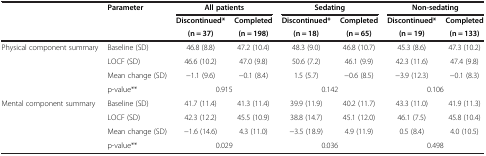
<table><thead><tr><td rowspan="3"><b> </b></td><td rowspan="3"><b>Parameter</b></td><td colspan="2"><b>All patients</b></td><td colspan="2"><b>Sedating</b></td><td colspan="2"><b>Non-sedating</b></td></tr><tr><td><b>Discontinued*</b></td><td><b>Completed</b></td><td><b>Discontinued*</b></td><td><b>Completed</b></td><td><b>Discontinued*</b></td><td><b>Completed</b></td></tr><tr><td><b>(n = 37)</b></td><td><b>(n = 198)</b></td><td><b>(n = 18)</b></td><td><b>(n = 65)</b></td><td><b>(n = 19)</b></td><td><b>(n = 133)</b></td></tr></thead><tbody><tr><td rowspan="4">Physical component summary</td><td>Baseline (SD)</td><td>46.8 (8.8)</td><td>47.2 (10.4)</td><td>48.3 (9.0)</td><td>46.8 (10.7)</td><td>45.3 (8.6)</td><td>47.3 (10.2)</td></tr><tr><td>LOCF (SD)</td><td>46.6 (10.2)</td><td>47.0 (9.8)</td><td>50.6 (7.2)</td><td>46.1 (9.9)</td><td>42.3 (11.6)</td><td>47.4 (9.8)</td></tr><tr><td>Mean change (SD)</td><td>-1.1 (9.6)</td><td>-0.1 (8.4)</td><td>1.5 (5.7)</td><td>-0.6 (8.5)</td><td>-3.9 (12.3)</td><td>-0.1 (8.3)</td></tr><tr><td>p-value**</td><td colspan="2">0.915</td><td colspan="2">0.142</td><td colspan="2">0.106</td></tr><tr><td rowspan="4">Mental component summary</td><td>Baseline (SD)</td><td>41.7 (11.4)</td><td>41.3 (11.4)</td><td>39.9 (11.9)</td><td>40.2 (11.7)</td><td>43.3 (11.0)</td><td>41.9 (11.3)</td></tr><tr><td>LOCF (SD)</td><td>42.3 (12.2)</td><td>45.5 (10.9)</td><td>38.8 (14.7)</td><td>45.1 (12.0)</td><td>46.1 (7.5)</td><td>45.8 (10.4)</td></tr><tr><td>Mean change (SD)</td><td>-1.6 (14.6)</td><td>4.3 (11.0)</td><td>-3.5 (18.9)</td><td>4.9 (11.9)</td><td>0.5 (8.4)</td><td>4.0 (10.5)</td></tr><tr><td>p-value**</td><td colspan="2">0.029</td><td colspan="2">0.036</td><td colspan="2">0.498</td></tr></tbody></table>